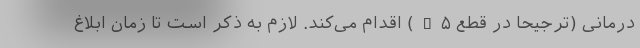
درمانی (ترجیحا در قطع A۵) اقدام ‌می‌کند. لازم به ذکر است تا زمان ابلاغ